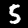
Label: 5